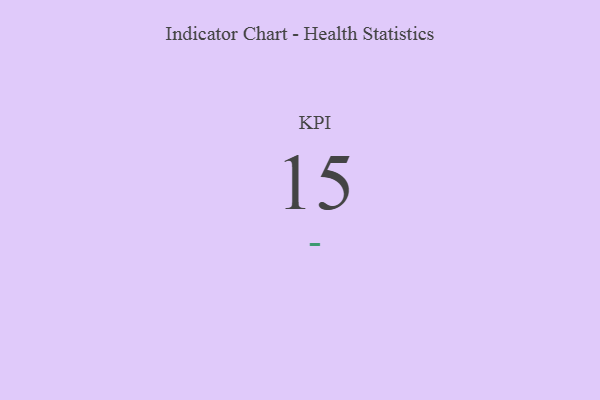
{"axis": {"x": "KPI", "y": "Value"}, "legend": [""], "data": [{"x": "KPI", "y": 15, "type": ""}]}